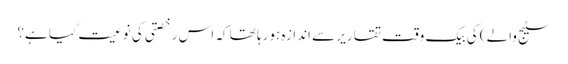
سٹیج والے) کی بیک وقت تقاریر سے اندازہ ہورہا تھا کہ اس رخصتی کی نوعیت کیا ہے؟